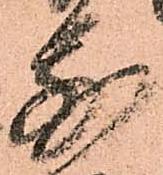
別